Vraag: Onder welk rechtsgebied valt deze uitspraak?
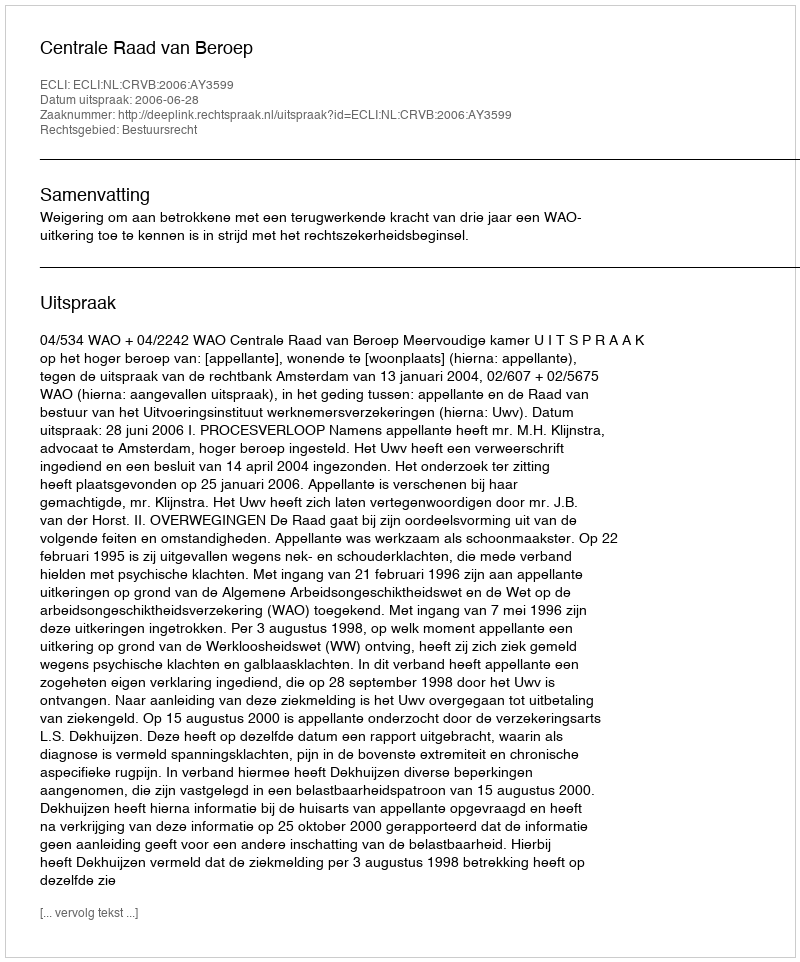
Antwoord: Bestuursrecht